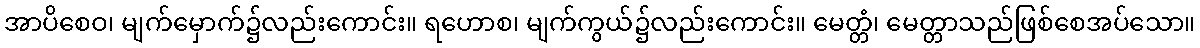
အာပိစေဝ၊ မျက်မှောက်၌လည်းကောင်း။ ရဟောစ၊ မျက်ကွယ်၌လည်းကောင်း။ မေတ္တံ၊ မေတ္တာသည်ဖြစ်စေအပ်သော။